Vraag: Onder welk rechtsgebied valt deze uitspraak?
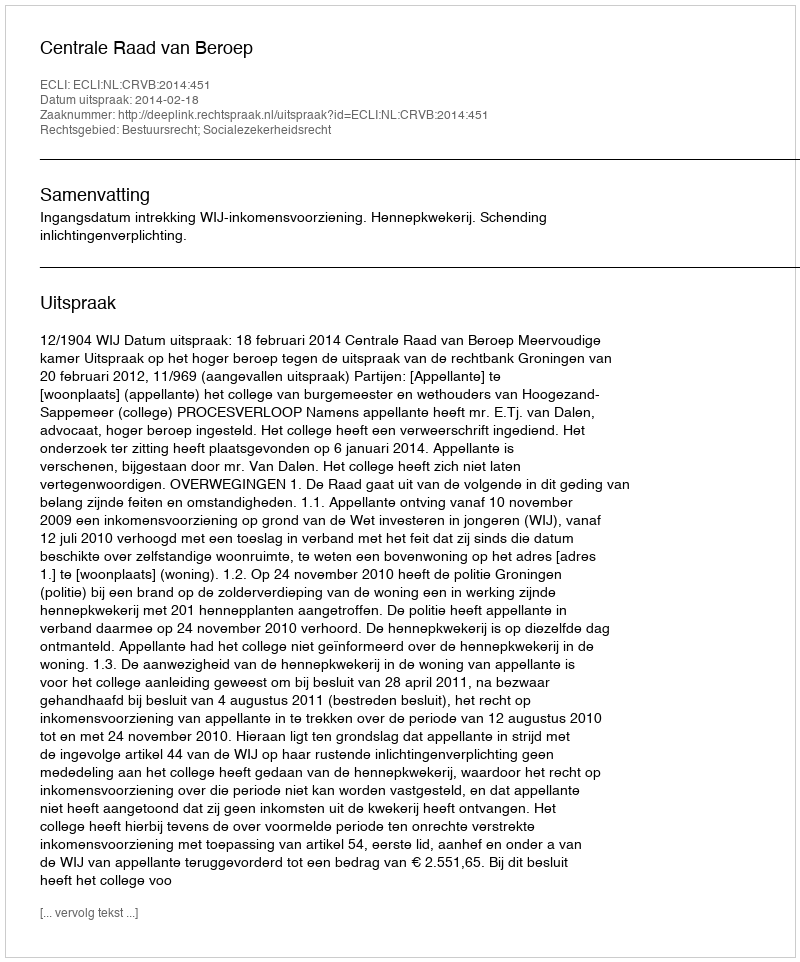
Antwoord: Bestuursrecht; Socialezekerheidsrecht